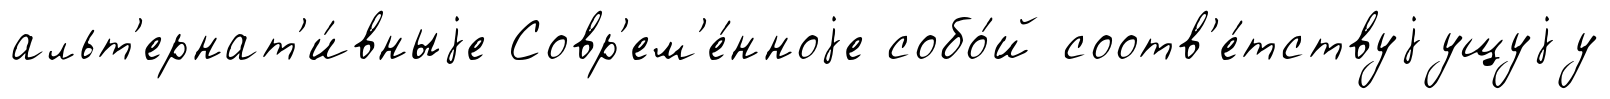
альт'ернат'и́вныjе Совр'ем'е́нноjе собо́й соотв'е́тствуjущуjу